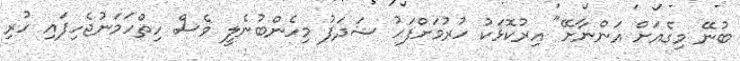
ބުނޭ މިގެއަށް އަންނާށޭ" އިރުކޮޅަކު ހުރުމަށްފަހު ޝަދަފު މިހެންބުނެލީ ވެސް ހިތްހަމަނުޖެހިފައި ހުރި